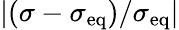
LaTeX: \vert(\sigma-\sigma_{\mathrm{eq}})/\sigma_{\mathrm{eq}}\vert